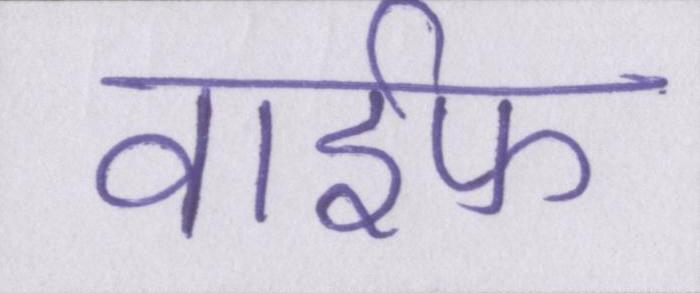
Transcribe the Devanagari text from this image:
वाईफ